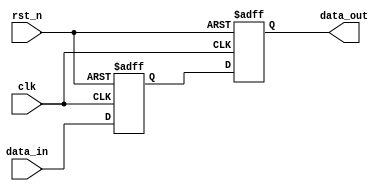
// SPDX-License-Identifier: Apache-2.0
// Copyright (C) 2019 Intel Corporation. 
//****************************************************************************************
// (C) 2009 Altera Corporation. .
//
//****************************************************************************************

//------------------------------------------------------------------------
// Revision:    $Revision: #2 $
//------------------------------------------------------------------------
// Description:
//
//------------------------------------------------------------------------
module cdclib_bitsync
  #(
    parameter DWIDTH = 1,    // Sync Data input
    parameter SYNCSTAGE = 2, // Sync stages
    parameter RESET_VAL = 0,  // Reset value
    parameter CLK_FREQ_MHZ = 250   // Clock frequency (in MHz)    
    )
    (
    input  wire              clk,     // clock
    input  wire              rst_n,   // async reset
    input  wire [DWIDTH-1:0] data_in, // data in
    output wire [DWIDTH-1:0] data_out // data out
     );

   // Define wires/regs
   reg [(DWIDTH*SYNCSTAGE)-1:0] sync_regs;
   //wire                         reset_value;
   
   localparam reset_value = (RESET_VAL == 1) ? 1'b1 : 1'b0;  // To eliminate truncating warning

   // Sync Always block
   always @(negedge rst_n or posedge clk) begin
      if (rst_n == 1'b0) begin
         sync_regs[(DWIDTH*SYNCSTAGE)-1:DWIDTH] <= {(DWIDTH*(SYNCSTAGE-1)){reset_value}};
      end
      else begin
         sync_regs[(DWIDTH*SYNCSTAGE)-1:DWIDTH] <= sync_regs[((DWIDTH*(SYNCSTAGE-1))-1):0];
      end
   end
   
   // NF: both FF stages have reset
   always @(negedge rst_n or posedge clk) begin
      if (rst_n == 1'b0) begin
         sync_regs[DWIDTH-1:0] <= {(DWIDTH){reset_value}};
      end
      else begin
         sync_regs[DWIDTH-1:0] <= data_in;
      end
   end

   assign data_out = sync_regs[((DWIDTH*SYNCSTAGE)-1):(DWIDTH*(SYNCSTAGE-1))];

endmodule // cdclib_bitsync